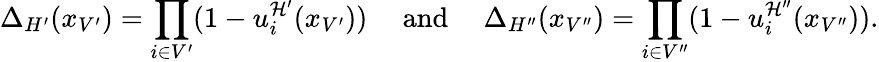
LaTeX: \Delta_{H^{\prime}}(x_{V^{\prime}})=\prod_{i\in V^{\prime}}(1-u_{i}^{\mathcal{H}^{\prime}}(x_{V^{\prime}}))\quad\mathrm{~and~}\quad\Delta_{H^{\prime\prime}}(x_{V^{\prime\prime}})=\prod_{i\in V^{\prime\prime}}(1-u_{i}^{\mathcal{H}^{\prime\prime}}(x_{V^{\prime\prime}})).